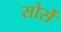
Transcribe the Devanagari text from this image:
सोर्से